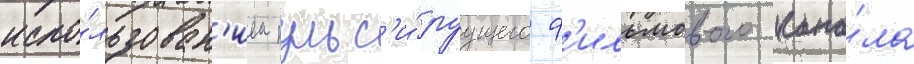
испо́льзован'ием пульс'и́руущего ф'ильмового кана́ла